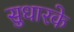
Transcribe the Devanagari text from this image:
सुधारके